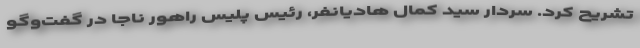
تشریح کرد. سردار سید کمال هادیانفر، رئیس پلیس راهور ناجا در گفت‌وگو